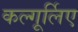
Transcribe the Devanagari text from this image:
कल्गूर्लिए